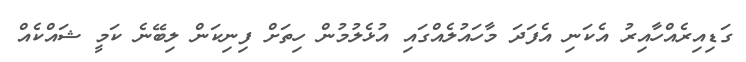
ގަޑިއިރެއްހާއިރު އެކަނި އެފަދަ މާހައުލެއްގައި އުޅެލުމުން ހިތަށް ފިނިކަން ލިބޭނެ ކަމީ ޝައްކެއް